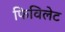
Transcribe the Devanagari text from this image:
फिविलेट